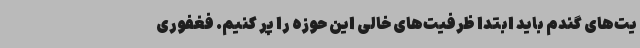
یت‌های گندم باید ابتدا ظرفیت‌های خالی این حوزه را پر کنیم. فغفوری